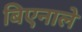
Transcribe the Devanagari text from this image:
बिएनाले